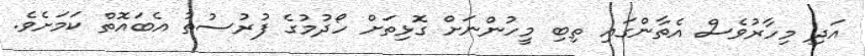
އަދި މިހާރުވެސް އެތާންގައި ތިބި މީހުންނަށް ގޮޅިތަށް ހޯދުމުގެ ފުރުސުތު އެބައޮތް ކަމަށެވެ.